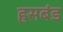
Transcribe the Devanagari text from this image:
हसबंड